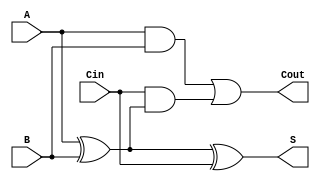
module async_full_adder (
    input wire A,      // First binary input
    input wire B,      // Second binary input
    input wire Cin,    // Carry-in input
    output wire S,     // Sum output
    output wire Cout    // Carry-out output
);

// Intermediate signals
wire A_xor_B;

// Compute the sum (S)
assign A_xor_B = A ^ B;       // A XOR B
assign S = A_xor_B ^ Cin;     // S = (A XOR B) XOR Cin

// Compute the carry-out (Cout)
assign Cout = (A & B) | (Cin & A_xor_B); // Cout = (A AND B) OR (Cin AND (A XOR B))

endmodule